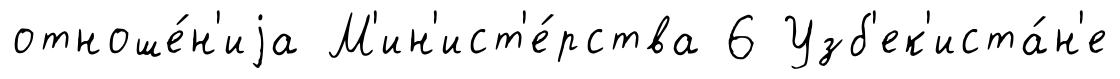
отноше́н'иjа М'ин'ист'е́рства 6 Узб'ек'иста́н'е